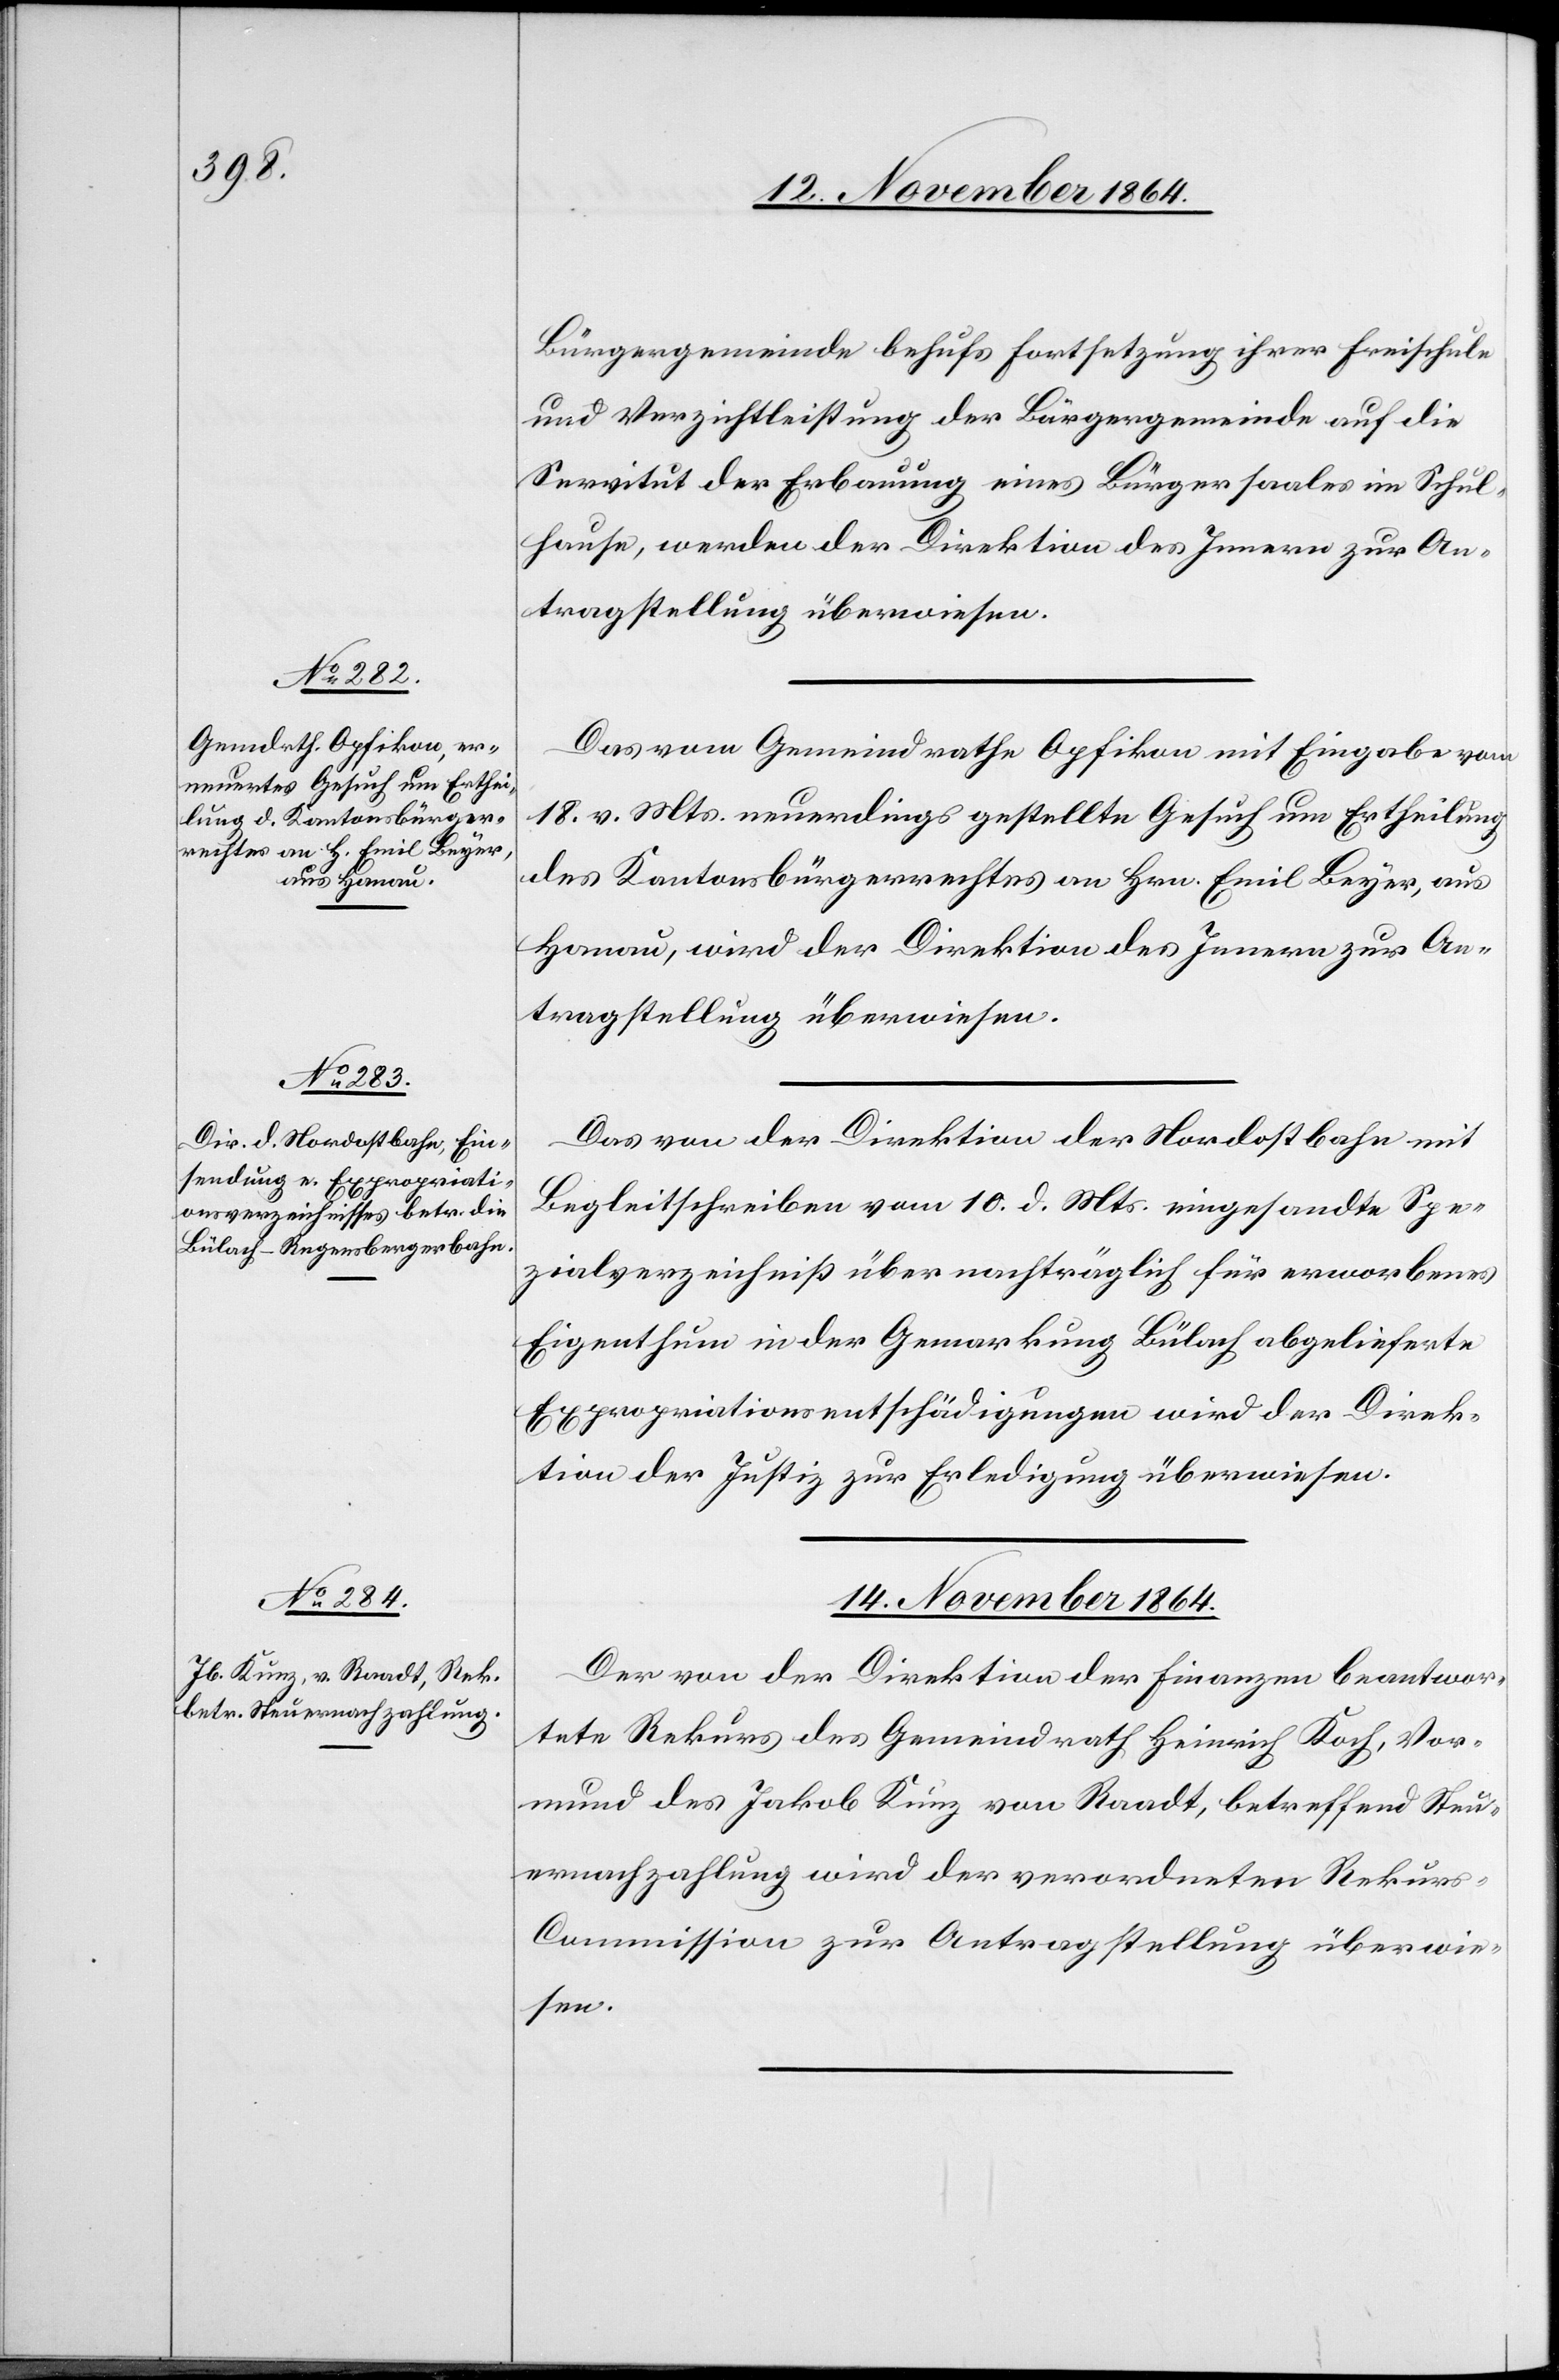
12. November 1864.]
Bürgergemeinde behufs Fortsetzung ihrer Freischule
und Verzichtleistung der Bürgergemeinde auf die
Servitut der Erbauung eines Bürgersaales im Schul¬
hause, werden der Direktion des Innern zur An¬
tragstellung überwiesen.
Das vom Gemeindrathe Opfikon mit Eingabe vom
18. v. Mts. neuerdings gestellte Gesuch um Ertheilung
des Kantonsbürgerrechtes an Hrn. Emil Beyer, aus
Hanau, wird der Direktion des Innern zur An¬
tragstellung überwiesen.
Das von der Direktion der Nordostbahn mit
Begleitschreiben vom 10. d. Mts. eingesandte Spe¬
zialverzeichniß über nachträglich für erworbenes
Eigenthum in der Gemarkung Bülach abgelieferte
Expropriationsentschädigungen wird der Direk¬
tion der Justiz zur Erledigung überwiesen.
14. November 1864.
Der von der Direktion der Finanzen beantwor¬
tete Rekurs des Gemeindrath Heinrich Koch, Vor¬
mund des Jakob Kunz von Raadt, betreffend Steu¬
ernachzahlung wird der verordneten Rekur¬
s-Commission zur Antragstellung überwie¬
sen.